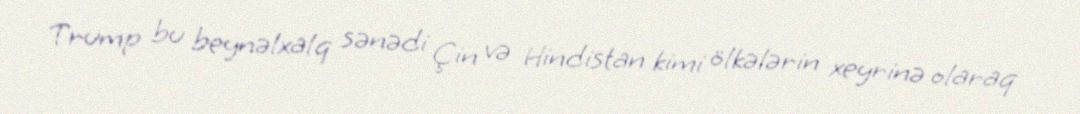
Trump bu beynəlxalq sənədi Çin və Hindistan kimi ölkələrin xeyrinə olaraq